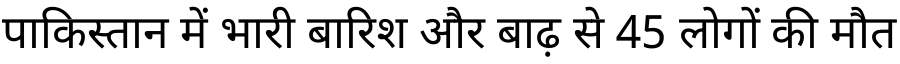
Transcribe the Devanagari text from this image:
पाकिस्तान में भारी बारिश और बाढ़ से 45 लोगों की मौत